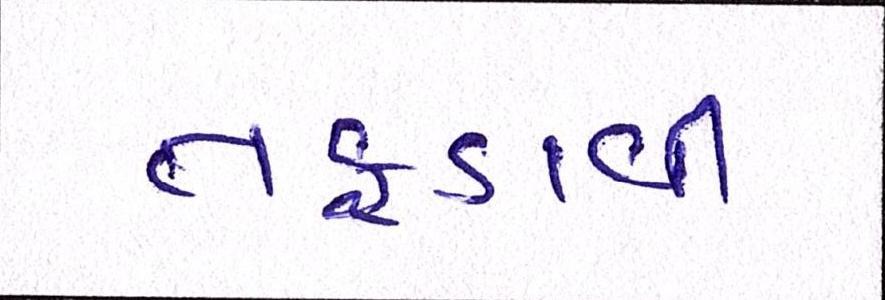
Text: તફડાવી